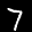
Label: 7